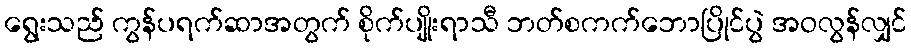
ရွေးသည် ကွန်ပရက်ဆာအတွက် စိုက်ပျိုးရာသီ ဘတ်စကက်ဘောပြိုင်ပွဲ အဝလွန်လျှင်